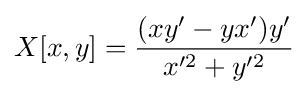
X[x,y]={\frac {(xy'-yx')y'}{x'^{2}+y'^{2}}}